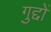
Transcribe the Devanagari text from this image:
गुद्दों